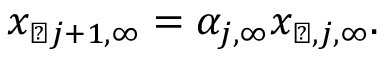
x _ { \perp j + 1 , \infty } = \alpha _ { j , \infty } x _ { \perp , j , \infty } .